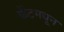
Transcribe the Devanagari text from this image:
केंटमधून